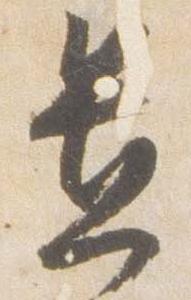
置